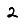
Digit: 2